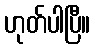
ဟုတ်ပါပြီ။